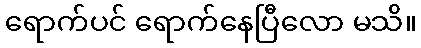
ရောက်ပင် ရောက်နေပြီလော မသိ။